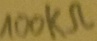
Text: 100kΩ